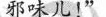
邪味儿!”